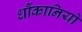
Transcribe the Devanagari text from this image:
धौंकानियों